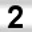
Digit: 2